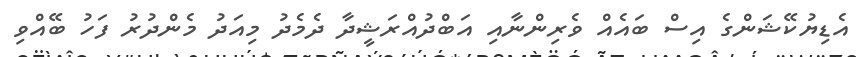
އެޑިޔުކޭޝަންގެ އިސް ބައެއް ވެރިންނާއި އަބްދުއްރަޝީދާ ދެމެދު މިއަދު މެންދުރު ފަހު ބޭއްވި